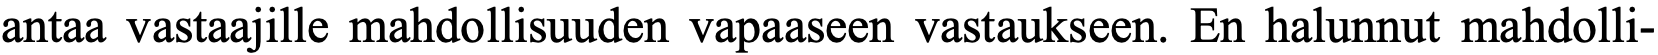
antaa vastaajille mahdollisuuden vapaaseen vastaukseen. En halunnut mahdolli-